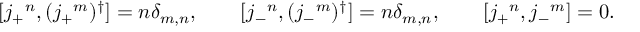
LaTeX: [ j _ { + } { } ^ { n } , ( j _ { + } { } ^ { m } ) ^ { \dagger } ] = n \delta _ { m , n } , \qquad [ j _ { - } { } ^ { n } , ( j _ { - } { } ^ { m } ) ^ { \dagger } ] = n \delta _ { m , n } , \qquad [ j _ { + } { } ^ { n } , j _ { - } { } ^ { m } ] = 0 .